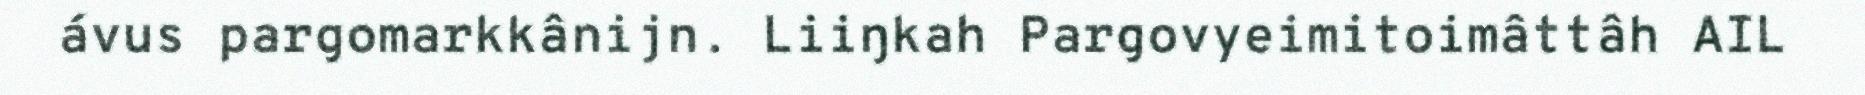
ávus pargomarkkânijn. Liiŋkah Pargovyeimitoimâttâh AIL